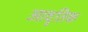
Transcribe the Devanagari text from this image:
आवृतिक